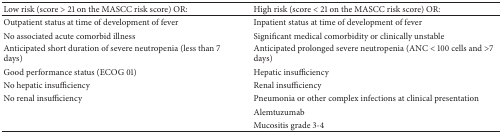
<table><thead><tr><td><b>Low risk (score &gt; 21 on the MASCC risk score) OR:</b></td><td><b>High risk (score &lt; 21 on the MASCC risk score) OR:</b></td></tr></thead><tbody><tr><td>Outpatient status at time of development of fever</td><td>Inpatient status at time of development of fever</td></tr><tr><td>No associated acute comorbid illness</td><td>Significant medical comorbidity or clinically unstable</td></tr><tr><td>Anticipated short duration of severe neutropenia (less than 7 days)</td><td>Anticipated prolonged severe neutropenia (ANC &lt; 100 cells and &gt;7 days)</td></tr><tr><td>Good performance status (ECOG 01)</td><td>Hepatic insufficiency</td></tr><tr><td>No hepatic insufficiency</td><td>Renal insufficiency</td></tr><tr><td>No renal insufficiency</td><td>Pneumonia or other complex infections at clinical presentation</td></tr><tr><td> </td><td>Alemtuzumab</td></tr><tr><td> </td><td>Mucositis grade 3-4</td></tr></tbody></table>